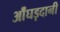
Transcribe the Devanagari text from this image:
औंघड़दानी